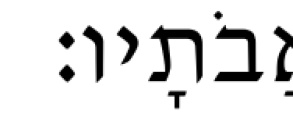
אֲבֹתָיו׃